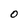
Character: O